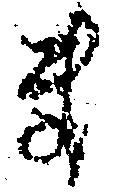
ま